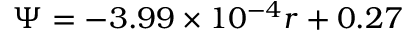
\Psi = - 3 . 9 9 \times 1 0 ^ { - 4 } r + 0 . 2 7